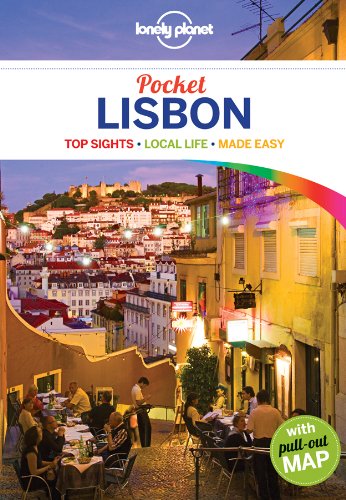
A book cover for Lonely Planet Pocket Lisbon (Travel Guide); Lonely Planet; Travel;